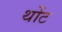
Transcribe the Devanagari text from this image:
थोंट